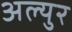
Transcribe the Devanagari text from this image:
अल्युर